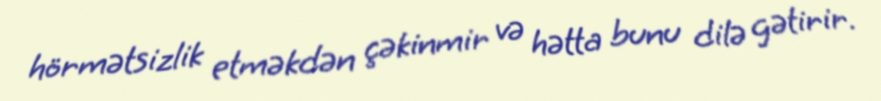
hörmətsizlik etməkdən çəkinmir və hətta bunu dilə gətirir.